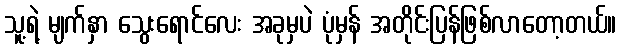
သူ့ရဲ့ မျက်နှာ သွေးရောင်လေး အခုမှပဲ ပုံမှန် အတိုင်းပြန်ဖြစ်လာတော့တယ်။